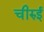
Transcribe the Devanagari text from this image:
चीरुई